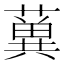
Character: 𦾲